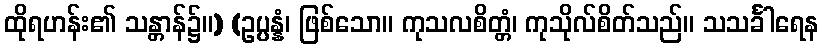
ထိုရဟန်း၏ သန္တာန်၌။) (ဥပ္ပန္နံ၊ ဖြစ်သော။ ကုသလစိတ္တံ၊ ကုသိုလ်စိတ်သည်။ သသင်္ခါရေန